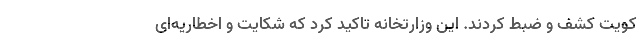
کویت کشف و ضبط کردند. این وزارتخانه تاکید کرد که شکایت و اخطاریه‌ای